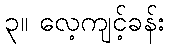
၃။ လေ့ကျင့်ခန်း